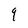
Character: 9